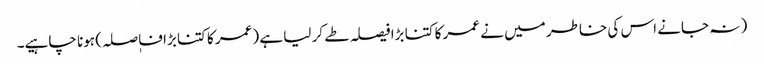
( نہ جانے اس کی خاطر میں نے عمر کا کتنا بڑا فیصلہ طے کر لیا ہے (عمر کا کتنا بڑا فاٖصلہ) ہونا چاہیے۔